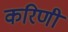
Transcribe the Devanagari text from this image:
करिणी